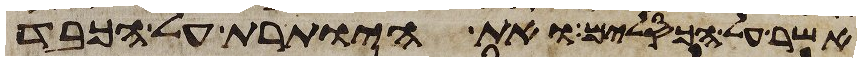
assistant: אשר על הכסלים ואת היותרת על הכבד